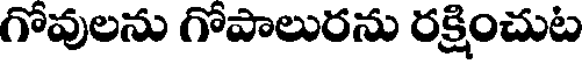
గోవులను గోపాలురను రక్షించుట